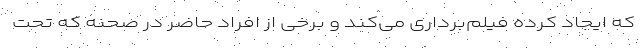
که ایجاد کرده فیلم‌برداری می‌کند و برخی از افراد حاضر در صحنه که تحت